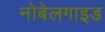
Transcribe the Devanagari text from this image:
नोबेलगाइड